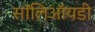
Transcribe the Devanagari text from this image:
सॉलिऑयडी